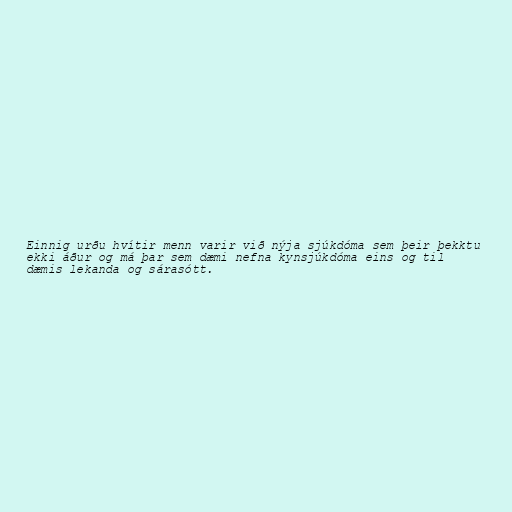
Einnig urðu hvítir menn varir við nýja sjúkdóma sem þeir þekktu
ekki áður og má þar sem dæmi nefna kynsjúkdóma eins og til
dæmis lekanda og sárasótt.